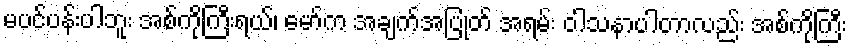
မပင်ပန်းပါဘူး အစ်ကိုကြီးရယ်၊ မော်က အချက်အပြုတ် အရမ်း ဝါသနာပါတာလည်း အစ်ကိုကြီး